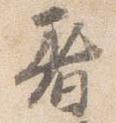
着